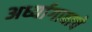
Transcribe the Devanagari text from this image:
अर्ध्यागावाचे